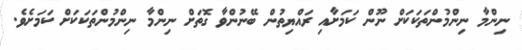
ނިންމާ ނިންމުންތަކަކަށް ނޫން ކަމަށާއި ރައްޔިތުން ބޭނުންވާ ގޮތަށް ނިންމާ ނިންމުންތަކަކަށް ކަމަށެވެ.